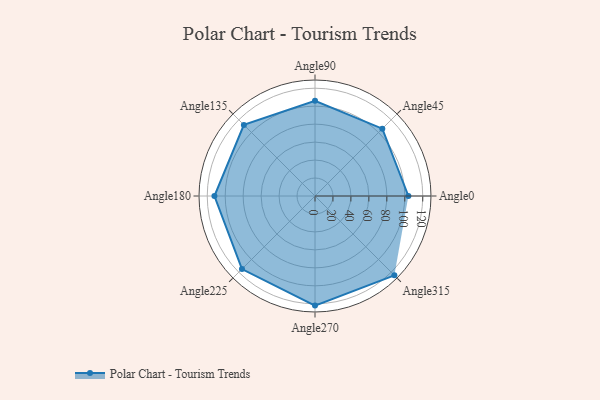
{"axis": {"x": "Angle", "y": "Radius"}, "legend": [""], "data": [{"x": "Angle0", "y": 104.0, "type": ""}, {"x": "Angle45", "y": 106.0, "type": ""}, {"x": "Angle90", "y": 106.0, "type": ""}, {"x": "Angle135", "y": 112.0, "type": ""}, {"x": "Angle180", "y": 112.0, "type": ""}, {"x": "Angle225", "y": 115.0, "type": ""}, {"x": "Angle270", "y": 122.0, "type": ""}, {"x": "Angle315", "y": 125.0, "type": ""}]}